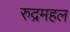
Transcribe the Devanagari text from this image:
रुद्रमहल